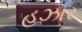
હઝાર